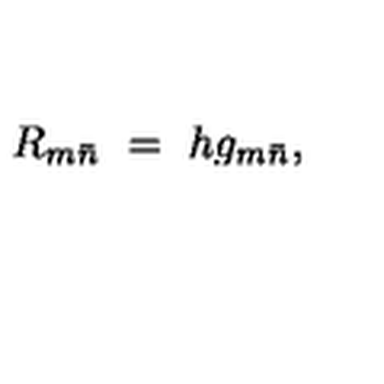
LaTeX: R _ { m { \bar { n } } } \ = \ h g _ { m { \bar { n } } } ,